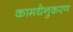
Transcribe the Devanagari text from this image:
कामधेनुकरण